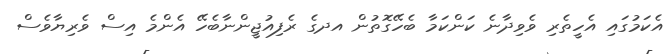
އެކަމުގައި އެހީތެރި ވެވިދާނެ ކަންކަމާ ބެހޭގޮތުން އދގެ ރެފިއުޖީންނާބެހޭ އެންމެ އިސް ވެރިޔާވެސް